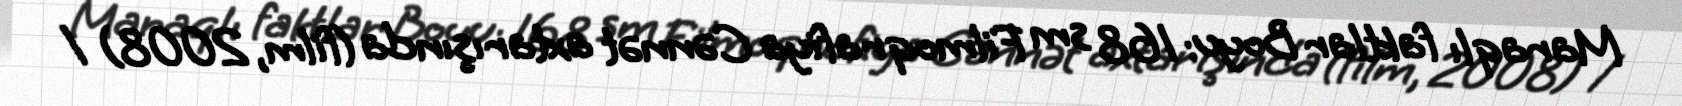
Maraqlı faktlar Boyu: 168 sm Filmoqrafiya Cənnət axtarışında (film, 2008) /